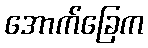
အောက်ခြေက